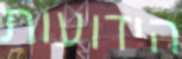
הידועות